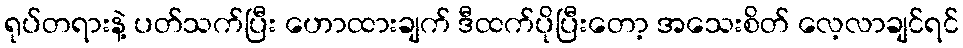
ရုပ်တရားနဲ့ ပတ်သက်ပြီး ဟောထားချက် ဒီထက်ပိုပြီးတော့ အသေးစိတ် လေ့လာချင်ရင်